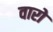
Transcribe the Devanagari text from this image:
वारो